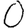
Digit: 0